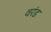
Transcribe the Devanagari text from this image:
वरंड